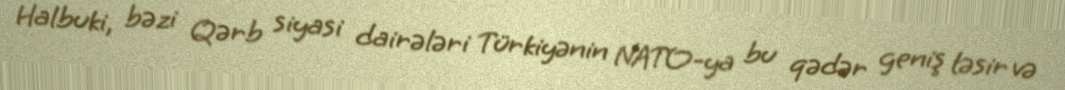
Halbuki, bəzi Qərb siyasi dairələri Türkiyənin NATO-ya bu qədər geniş təsir və